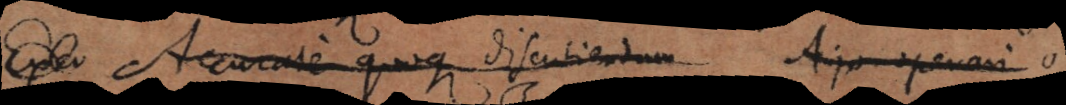
Exco Accurate quoque discutiendum Ajo operari o